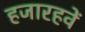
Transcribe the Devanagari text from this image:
हजारहवें